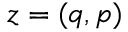
{ z } = ( q , p )